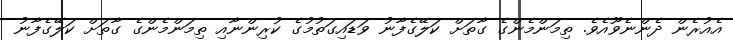
އެއުރެން ދެންނެވޫއެވެ. ތިމަންމެންގެ ގާތަށް ކަލޭގެފާނު ވަޑައިގަތުމުގެ ކުރިންނާއި ތިމަންމެންގެ ގާތަށް ކަލޭގެފާނު